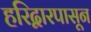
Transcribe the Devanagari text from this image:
हरिद्वारपासून